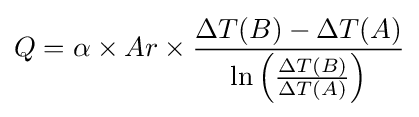
Q=\alpha \times Ar\times {\frac {\Delta T(B)-\Delta T(A)}{\ln \left({\frac {\Delta T(B)}{\Delta T(A)}}\right)}}